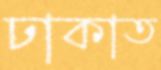
ঢাকাত